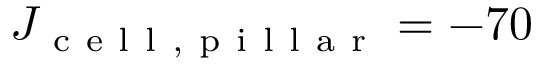
J _ { \mathrm { ~ c ~ e ~ l ~ l ~ , ~ p ~ i ~ l ~ l ~ a ~ r ~ } } = - 7 0